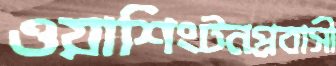
ওয়াশিংটনপ্রবাসী